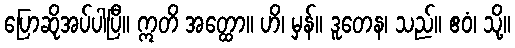
ပြောဆိုအပ်ပါပြီ။ ဣတိ အတ္ထော။ ဟိ၊ မှန်။ ဒူတေန၊ သည်။ ဧဝံ၊ သို့။